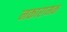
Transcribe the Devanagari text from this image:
नकारामक